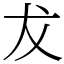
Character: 犮